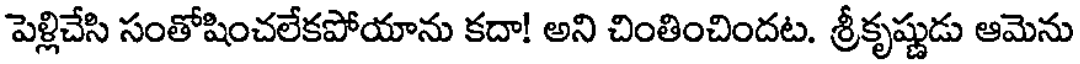
పెళ్లిచేసి సంతోషించలేకపోయాను కదా! అని చింతించిందట. శ్రీకృష్ణుడు ఆమెను